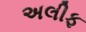
અલીફ